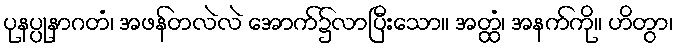
ပုနပ္ပုနာဂတံ၊ အဖန်တလဲလဲ အောက်၌လာပြီးသော။ အတ္ထံ၊ အနက်ကို။ ဟိတွာ၊